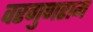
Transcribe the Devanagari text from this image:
वरगुणराम